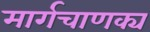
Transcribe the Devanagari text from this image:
मार्गचाणक्य